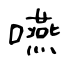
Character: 嚥